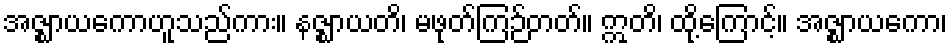
အဇ္ဈာယကောဟူသည်ကား။ နဇ္ဈာယတိ၊ မဖုတ်ကြဉ်တတ်။ ဣတိ၊ ထို့ကြောင့်။ အဇ္ဈာယကော၊